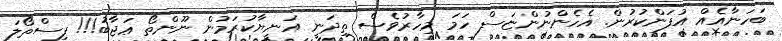
ބަހަނާއެއް އުފަންކުރުން. އެހެންނުންޏަސް ހަމަ މިހާރުވެސް ތިދަނީ އަނީޔާކުރަމުން ނޫންތޯ ޢަޖާބު!!! ފިސްތޯލަ